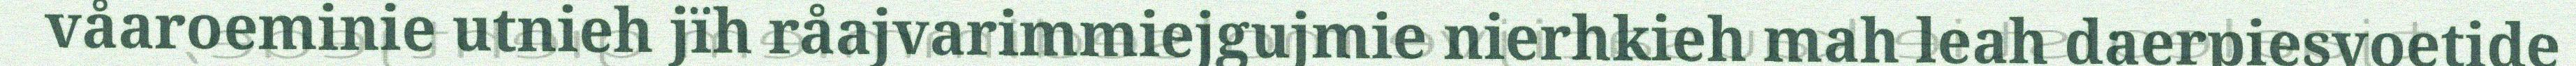
våaroeminie utnieh jïh råajvarimmiejgujmie nierhkieh mah leah daerpiesvoetide